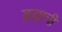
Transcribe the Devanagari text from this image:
ब्रह्माची